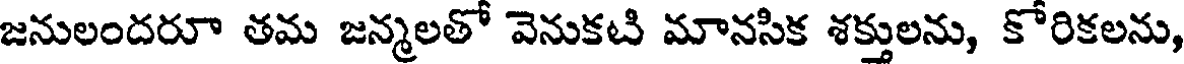
జనులందరూ తమ జన్మలతో వెనుకటి మానసిక శక్తులను, కోరికలను,